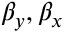
\beta _ { y } , \beta _ { x }